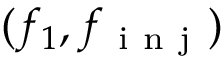
( f _ { 1 } , f _ { \mathrm { ~ i ~ n ~ j ~ } } )